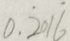
0 . \dot { 2 } 0 1 \dot { 6 }